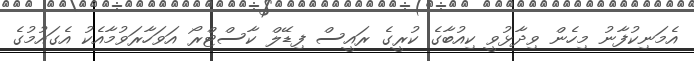
އެމަނިކުފާނު މިހެން ވިދާޅުވީ ކިއުބާގެ ކުރީގެ ރައީސް ފިޑޭލް ކާސްޓްރޯ އަވަހާރަވުމާއެކު އެގައުމުގެ